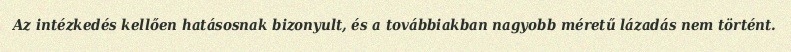
Az intézkedés kellően hatásosnak bizonyult, és a továbbiakban nagyobb méretű lázadás nem történt.